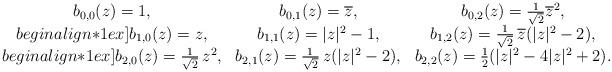
LaTeX: \begin{align*}\begin{array}{ccc}b_{0,0}(z) = 1, &b_{0,1}(z) = \overline{z}, &b_{0,2}(z) = \frac{1}{\sqrt{2}}\overline{z}^2,\\begin{align*}1ex]b_{1,0}(z) = z, &b_{1,1}(z) = |z|^2-1, &b_{1,2}(z) = \frac{1}{\sqrt{2}}\,\overline{z}(|z|^2-2),\\begin{align*}1ex]b_{2,0}(z) = \frac{1}{\sqrt{2}}\,z^2, &b_{2,1}(z) = \frac{1}{\sqrt{2}}\,z (|z|^2-2), &b_{2,2}(z) = \frac{1}{2}(|z|^2 - 4|z|^2 + 2).\end{array}\end{align*}